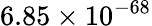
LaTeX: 6.85\times 10^{-68}